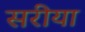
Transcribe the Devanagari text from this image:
सरीया